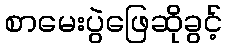
စာမေးပွဲဖြေဆိုခွင့်